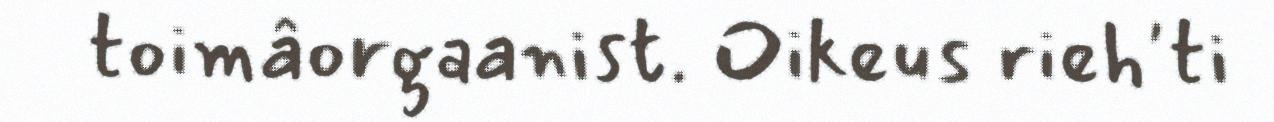
toimâorgaanist. Oikeus rieh'ti